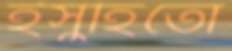
ইসুহিতো